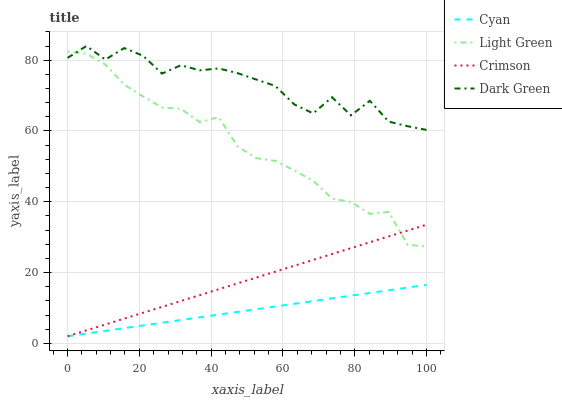
| xaxis_label | Cyan | Light Green | Crimson | Dark Green |
 | --- | --- | --- | --- | --- |
 | 0 | 2 | 82.4 | 2 | 80.6 |
 | 5.26 | 2.76 | 81.8 | 3.66 | 84 |
 | 10.5 | 3.53 | 78.8 | 5.32 | 80.2 |
 | 15.8 | 4.29 | 73.1 | 6.98 | 83.4 |
 | 21.1 | 5.06 | 69.7 | 8.64 | 81.2 |
 | 26.3 | 5.82 | 66.6 | 10.3 | 76.2 |
 | 31.6 | 6.59 | 66.3 | 12 | 78.6 |
 | 36.8 | 7.35 | 62.5 | 13.6 | 77.1 |
 | 42.1 | 8.12 | 63.9 | 15.3 | 77.7 |
 | 47.4 | 8.88 | 55.6 | 16.9 | 76.3 |
 | 52.6 | 9.64 | 52.3 | 18.6 | 74.5 |
 | 57.9 | 10.4 | 51.5 | 20.3 | 72.7 |
 | 63.2 | 11.2 | 48.8 | 21.9 | 67.5 |
 | 68.4 | 11.9 | 45.9 | 23.6 | 65 |
 | 73.7 | 12.7 | 40.9 | 25.2 | 69.5 |
 | 78.9 | 13.5 | 39.9 | 26.9 | 64.4 |
 | 84.2 | 14.2 | 36.6 | 28.5 | 68.5 |
 | 89.5 | 15 | 37.1 | 30.2 | 62.6 |
 | 94.7 | 15.8 | 27.8 | 31.9 | 61.3 |
 | 100 | 16.5 | 27.4 | 33.5 | 60.3 |